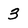
Character: 3